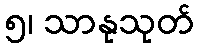
၅၊ သာနုသုတ်